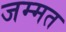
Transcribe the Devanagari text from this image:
जम्‍मत